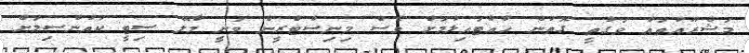
މަޝްރޫއުތައް ވަގުތީ ގޮތުން ހުއްޓައިލުމަށް ވެސް މިނިސްޓްރީން ވަނީ މާލޭ ސިޓީ ކައުންސިލަށް